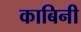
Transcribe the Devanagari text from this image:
काबिनी